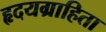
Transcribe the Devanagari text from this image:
हृदयग्राहिता